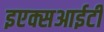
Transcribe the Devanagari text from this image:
इएक्सआईटी